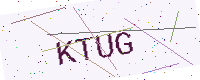
Text: KTUG